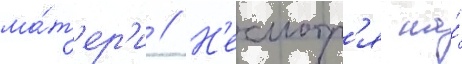
ма́т'ер'и // Н'есмотр'я на́